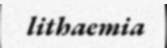
lithaemia